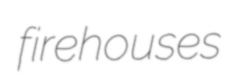
firehouses